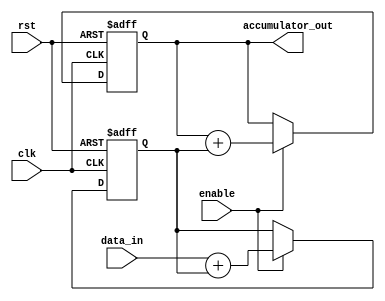
module pipeline_accumulator (
    input wire clk,
    input wire rst,
    input wire enable,
    input wire signed [7:0] data_in,
    output wire signed [15:0] accumulator_out
);

reg signed [15:0] accumulator;
reg signed [7:0] intermediate_result;

always @(posedge clk or posedge rst) begin
    if (rst) begin
        accumulator <= 16'b0;
        intermediate_result <= 8'b0;
    end else if (enable) begin
        intermediate_result <= data_in + intermediate_result;
        accumulator <= accumulator + intermediate_result;
    end
end

assign accumulator_out = accumulator;

endmodule